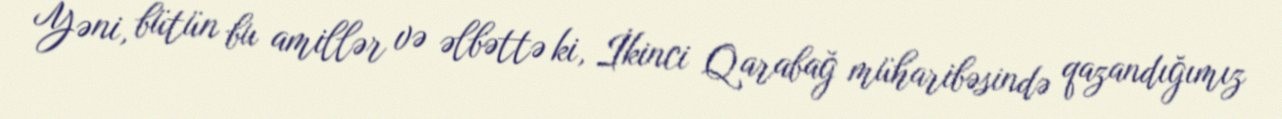
Yəni, bütün bu amillər və əlbəttə ki, İkinci Qarabağ müharibəsində qazandığımız